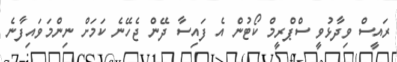
ރައީސް ވިދާޅުވީ ސްޕްރީމް ކޯޓުން އެ ފައިސާ ދޭން ޖެހޭނެ ކަމަށް ނިންމަވައިފާނެ